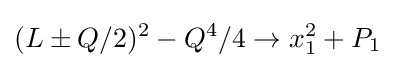
(L\pm Q/2)^{2}-Q^{4}/4\to x_{1}^{2}+P_{1}